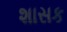
શાસક